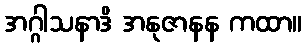
အဂ္ဂါသနာဒိ အနုဇာနန ကထာ။